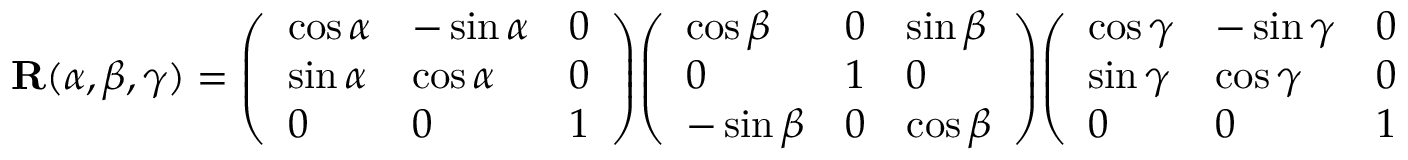
\mathbf { R } ( \alpha , \beta , \gamma ) = { \left( \begin{array} { l l l } { \cos \alpha } & { - \sin \alpha } & { 0 } \\ { \sin \alpha } & { \cos \alpha } & { 0 } \\ { 0 } & { 0 } & { 1 } \end{array} \right) } { \left( \begin{array} { l l l } { \cos \beta } & { 0 } & { \sin \beta } \\ { 0 } & { 1 } & { 0 } \\ { - \sin \beta } & { 0 } & { \cos \beta } \end{array} \right) } { \left( \begin{array} { l l l } { \cos \gamma } & { - \sin \gamma } & { 0 } \\ { \sin \gamma } & { \cos \gamma } & { 0 } \\ { 0 } & { 0 } & { 1 } \end{array} \right) }